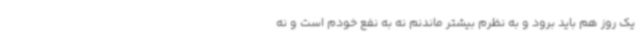
یک روز هم باید برود و به نظرم بیشتر ماندنم نه به نفع خودم است و نه